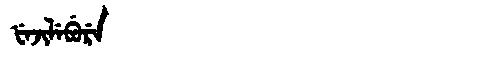
Manchu: ᡶᡝᠵᡳᠯᡝᠪᡠᡵᡝ
Romanization: FEJILEBURE